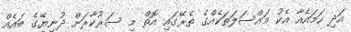
އަދި ހަމައެއާ އެކު މައްސަލަތަކެއްގެ ތެރޭގައި އޮތް މި ސަރުކާރަށް ދުނިޔޭގެ ބައެއް